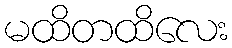
မထိတထိလေး